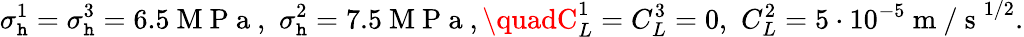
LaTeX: \sigma_{\mathtt{h}}^{1}=\sigma_{\mathtt{h}}^{3}=6.5\mathrm{{~M~P~a~}},\, \, \sigma_{\mathtt{h}}^{2}=7.5\mathrm{{~M~P~a~}},\quadC_{L}^{1}=C_{L}^{3}=0,\, \, C_{L}^{2}=5\cdot10^{-5}\mathrm{{~m~/~s~}}^{1/2}.